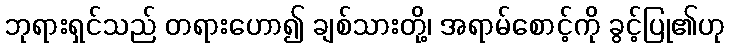
ဘုရားရှင်သည် တရားဟော၍ ချစ်သားတို့၊ အရာမ်စောင့်ကို ခွင့်ပြု၏ဟု